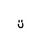
Letter: _ta